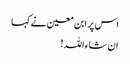
اس پر ابن معین نے کہا
ان شاء اللہ !